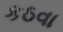
કઠવા